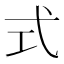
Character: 式